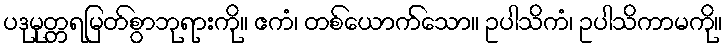
ပဒုမုတ္တရမြတ်စွာဘုရားကို။ ဧကံ၊ တစ်ယောက်သော။ ဥပါသိကံ၊ ဥပါသိကာမကို။